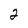
Character: 2